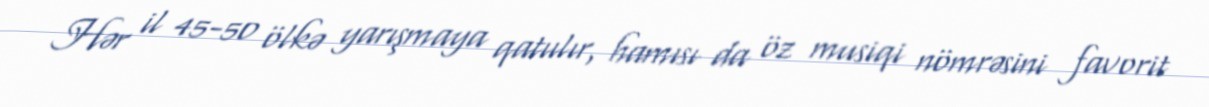
Hər il 45-50 ölkə yarışmaya qatıılır, hamısı da öz musiqi nömrəsini favorit